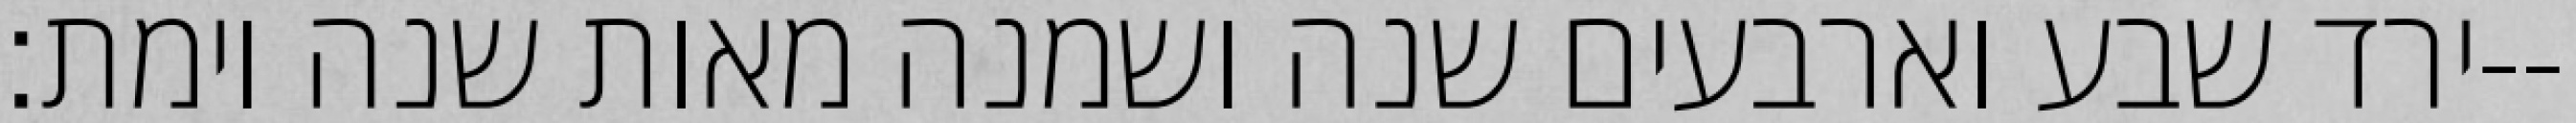
ירד שבע וארבעים שנה ושמנה מאות שנה וימת׃--